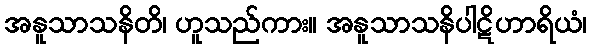
အနူသာသနိတိ၊ ဟူသည်ကား။ အနူသာသနိပါဋိဟာရိယံ၊